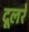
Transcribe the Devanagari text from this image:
दूलरे